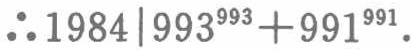
$\therefore 1984|993^{993}+991^{991}.$